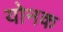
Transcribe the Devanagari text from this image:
योनक